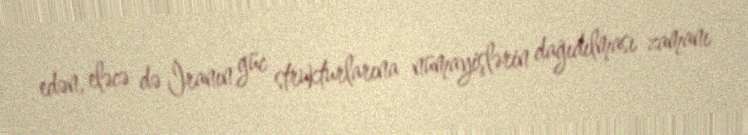
edən, eləcə də İranın güc strukturlarına nümayişlərin dağıdılması zamanı